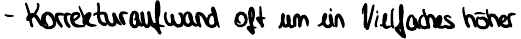
- Korrekturaufwand oft um ein Vielfaches höher